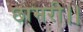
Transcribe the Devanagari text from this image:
छामरी।।